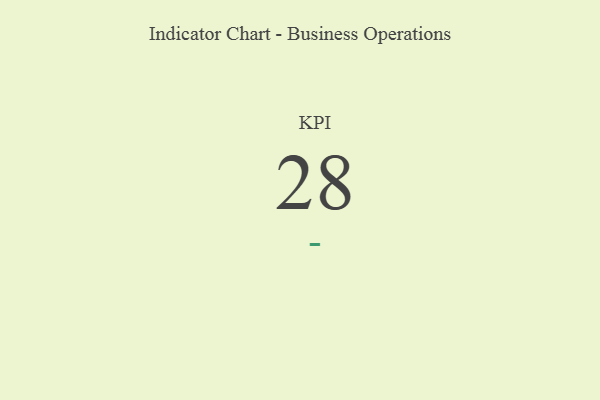
{"axis": {"x": "KPI", "y": "Value"}, "legend": [""], "data": [{"x": "KPI", "y": 28, "type": ""}]}